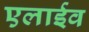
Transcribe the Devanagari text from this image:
एलाईव